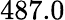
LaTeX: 487.0